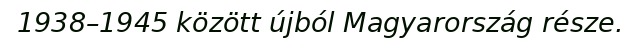
1938–1945 között újból Magyarország része.